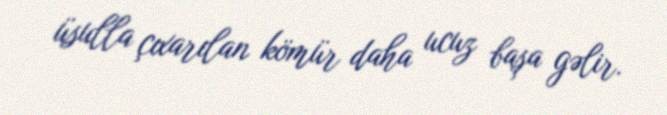
üsulla çıxarılan kömür daha ucuz başa gəlir.